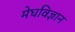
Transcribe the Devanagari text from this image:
मेघविज्ञान